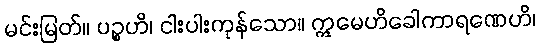
မင်းမြတ်။ ပဉ္စဟိ၊ ငါးပါးကုန်သော။ ဣမေဟိခေါကာရဏေဟိ၊